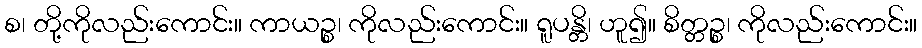
စ၊ တို့ကိုလည်းကောင်း။ ကာယဉ္စ၊ ကိုလည်းကောင်း။ ရူပန္တိ၊ ဟူ၍။ စိတ္တဉ္စ၊ ကိုလည်းကောင်း။